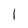
Character: 1